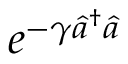
e ^ { - \gamma \hat { a } ^ { \dagger } \hat { a } }